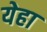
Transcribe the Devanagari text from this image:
येहा